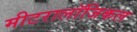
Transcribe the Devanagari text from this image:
मीटरालॉजिकल